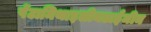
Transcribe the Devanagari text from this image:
पेंटामिथाइलीनडाईमीन